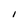
Character: I